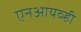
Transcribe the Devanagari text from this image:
एनआयव्ही